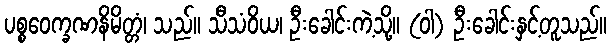
ပစ္စဝေက္ခဏနိမိတ္တံ၊ သည်။ သီသံဝိယ၊ ဦးခေါင်းကဲ့သို့။ (ဝါ) ဦးခေါင်းနှင့်တူသည်။